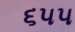
૬૫૫